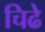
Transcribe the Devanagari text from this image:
चिढे